Document type: Inventory
Year: 1295
Scribe: Pere Marc
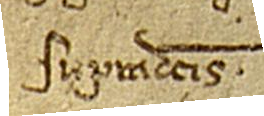
supradictis.